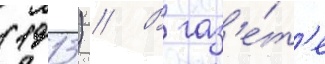
(1913) // В газ'е́т'е